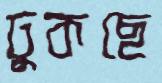
ঢুকছে